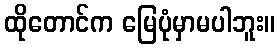
ထိုတောင်က မြေပုံမှာမပါဘူး။